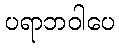
ပရာဘဝါပေ